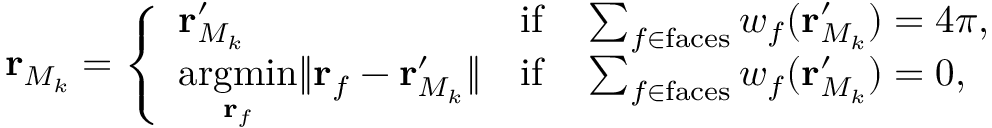
\mathbf { r } _ { M _ { k } } = \left\{ \begin{array} { l l } { \mathbf { r } _ { M _ { k } } ^ { \prime } } & { \mathrm { i f } \quad \sum _ { f \in \mathrm { f a c e s } } w _ { f } ( \mathbf { r } _ { M _ { k } } ^ { \prime } ) = 4 \pi , } \\ { \underset { \mathbf { r } _ { f } } { \mathrm { a r g m i n } } \lVert \mathbf { r } _ { f } - \mathbf { r } _ { M _ { k } } ^ { \prime } \rVert } & { \mathrm { i f } \quad \sum _ { f \in \mathrm { f a c e s } } w _ { f } ( \mathbf { r } _ { M _ { k } } ^ { \prime } ) = 0 , } \end{array} \right.